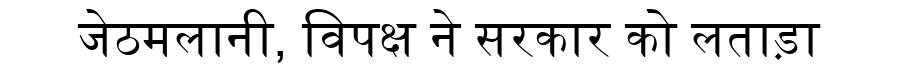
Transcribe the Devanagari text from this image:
जेठमलानी, विपक्ष ने सरकार को लताड़ा